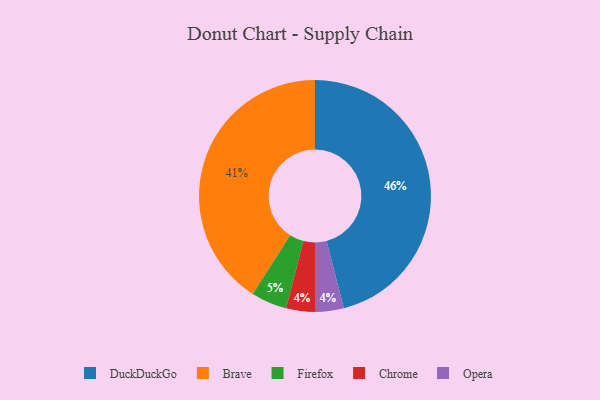
{"axis": {"x": "Category", "y": "Percentage"}, "legend": ["Brave", "Chrome", "DuckDuckGo", "Firefox", "Opera"], "data": [{"x": "Chrome", "y": 4, "type": "Chrome"}, {"x": "Opera", "y": 4, "type": "Opera"}, {"x": "Firefox", "y": 5, "type": "Firefox"}, {"x": "DuckDuckGo", "y": 46, "type": "DuckDuckGo"}, {"x": "Brave", "y": 41, "type": "Brave"}]}